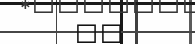
٨١